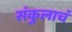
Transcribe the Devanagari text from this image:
संकुलाचं